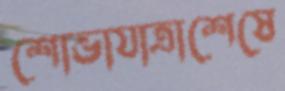
শোভাযাত্রাশেষে